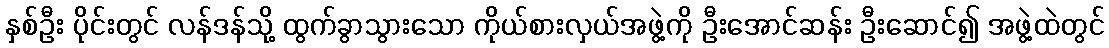
နှစ်ဦး ပိုင်းတွင် လန်ဒန်သို့ ထွက်ခွာသွားသော ကိုယ်စားလှယ်အဖွဲ့ကို ဦးအောင်ဆန်း ဦးဆောင်၍ အဖွဲ့ထဲတွင်